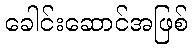
ခေါင်းဆောင်အဖြစ်